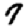
Digit: 7